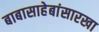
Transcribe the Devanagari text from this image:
बाबासाहेबांसारखा